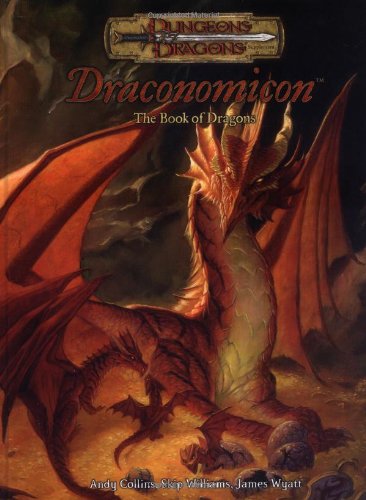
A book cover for Draconomicon: The Book of Dragons (Dungeons & Dragons); Andy Collins; Science Fiction & Fantasy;